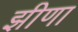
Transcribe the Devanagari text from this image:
झीणा